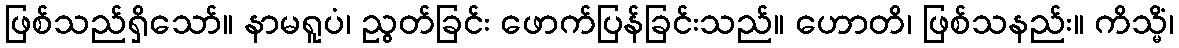
ဖြစ်သည်ရှိသော်။ နာမရူပံ၊ ညွတ်ခြင်း ဖောက်ပြန်ခြင်းသည်။ ဟောတိ၊ ဖြစ်သနည်း။ ကိသ္မိံ၊